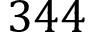
3 4 4